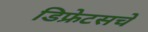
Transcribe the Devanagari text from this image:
डिफ्रेटसचे